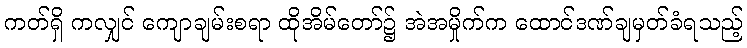
ကတ်ရှိ ကလျှင် ကျောချမ်းစရာ ထိုအိမ်တော်၌ အဲအမှိုက်က ထောင်ဒဏ်ချမှတ်ခံရသည့်